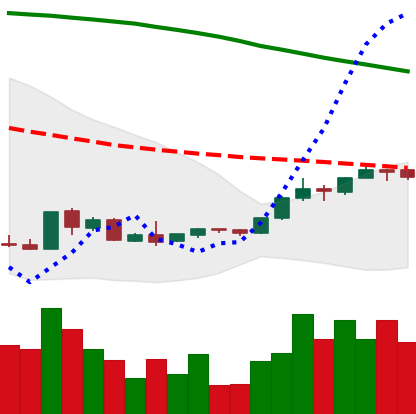
Ticker: EOS-USD
Chart end date: 2018-09-03
Forward return: -26.336%
Label: down_7plus